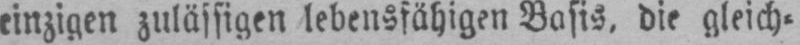
einzigen zulässigen lebensfähigen Basis, die gleich⸗